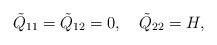
\begin{align*}\tilde{Q}_{11}=\tilde{Q}_{12}=0,\quad \tilde{Q}_{22}=H,\end{align*}